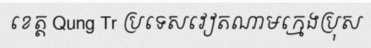
ខេត្ត Qung Tr ប្រទេសវៀតណាមក្មេងប្រុស